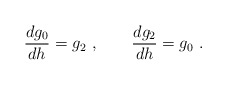
\begin{align*}\frac{dg_{0}}{dh}=g_{2}~,\qquad \frac{dg_{2}}{dh}=g_{0}~. \end{align*}